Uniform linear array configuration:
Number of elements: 32
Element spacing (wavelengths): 1
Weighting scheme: binomial
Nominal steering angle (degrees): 0
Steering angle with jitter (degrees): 0.1856
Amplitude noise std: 0.05
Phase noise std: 0.05

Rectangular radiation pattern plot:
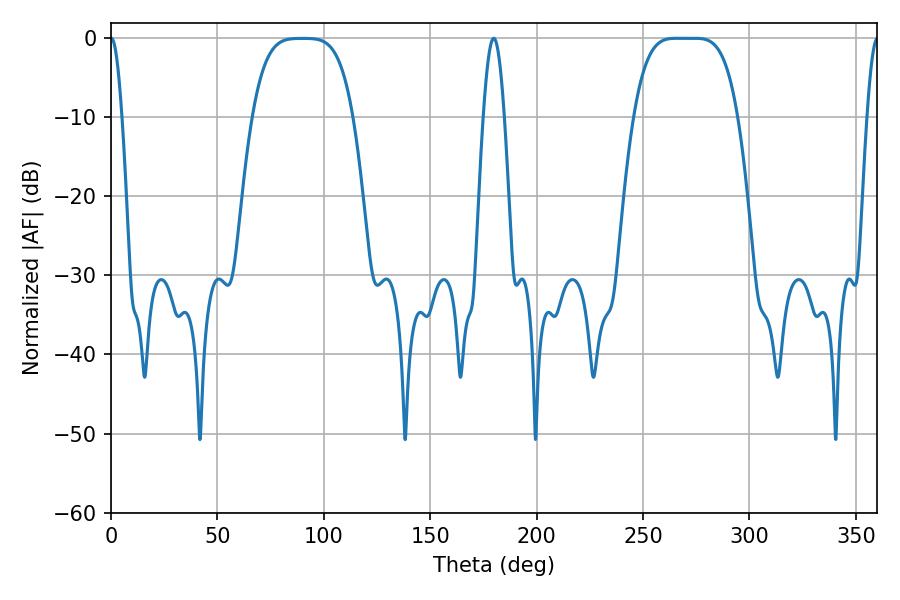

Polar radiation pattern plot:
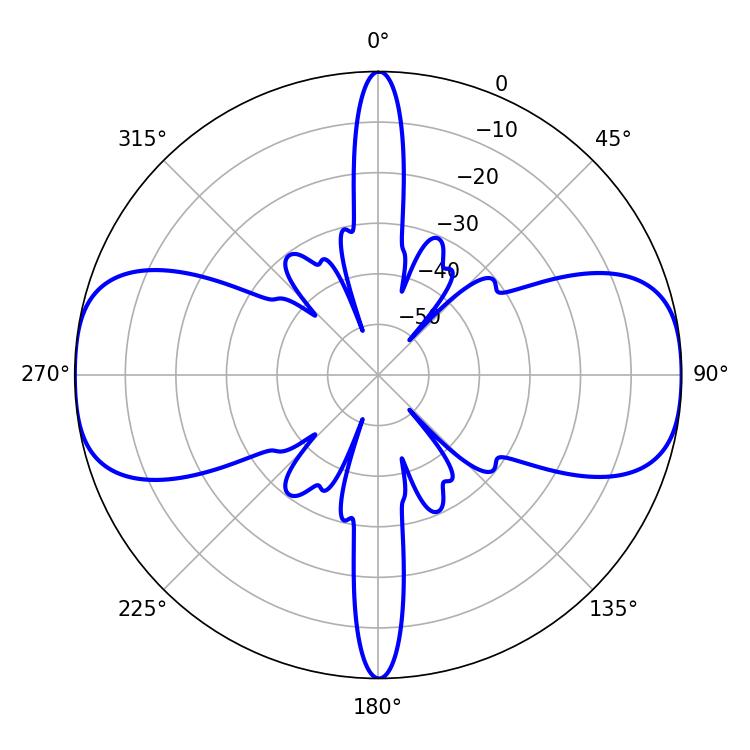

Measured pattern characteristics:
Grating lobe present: TRUE
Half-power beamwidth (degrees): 36.36
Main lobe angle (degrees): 265.68